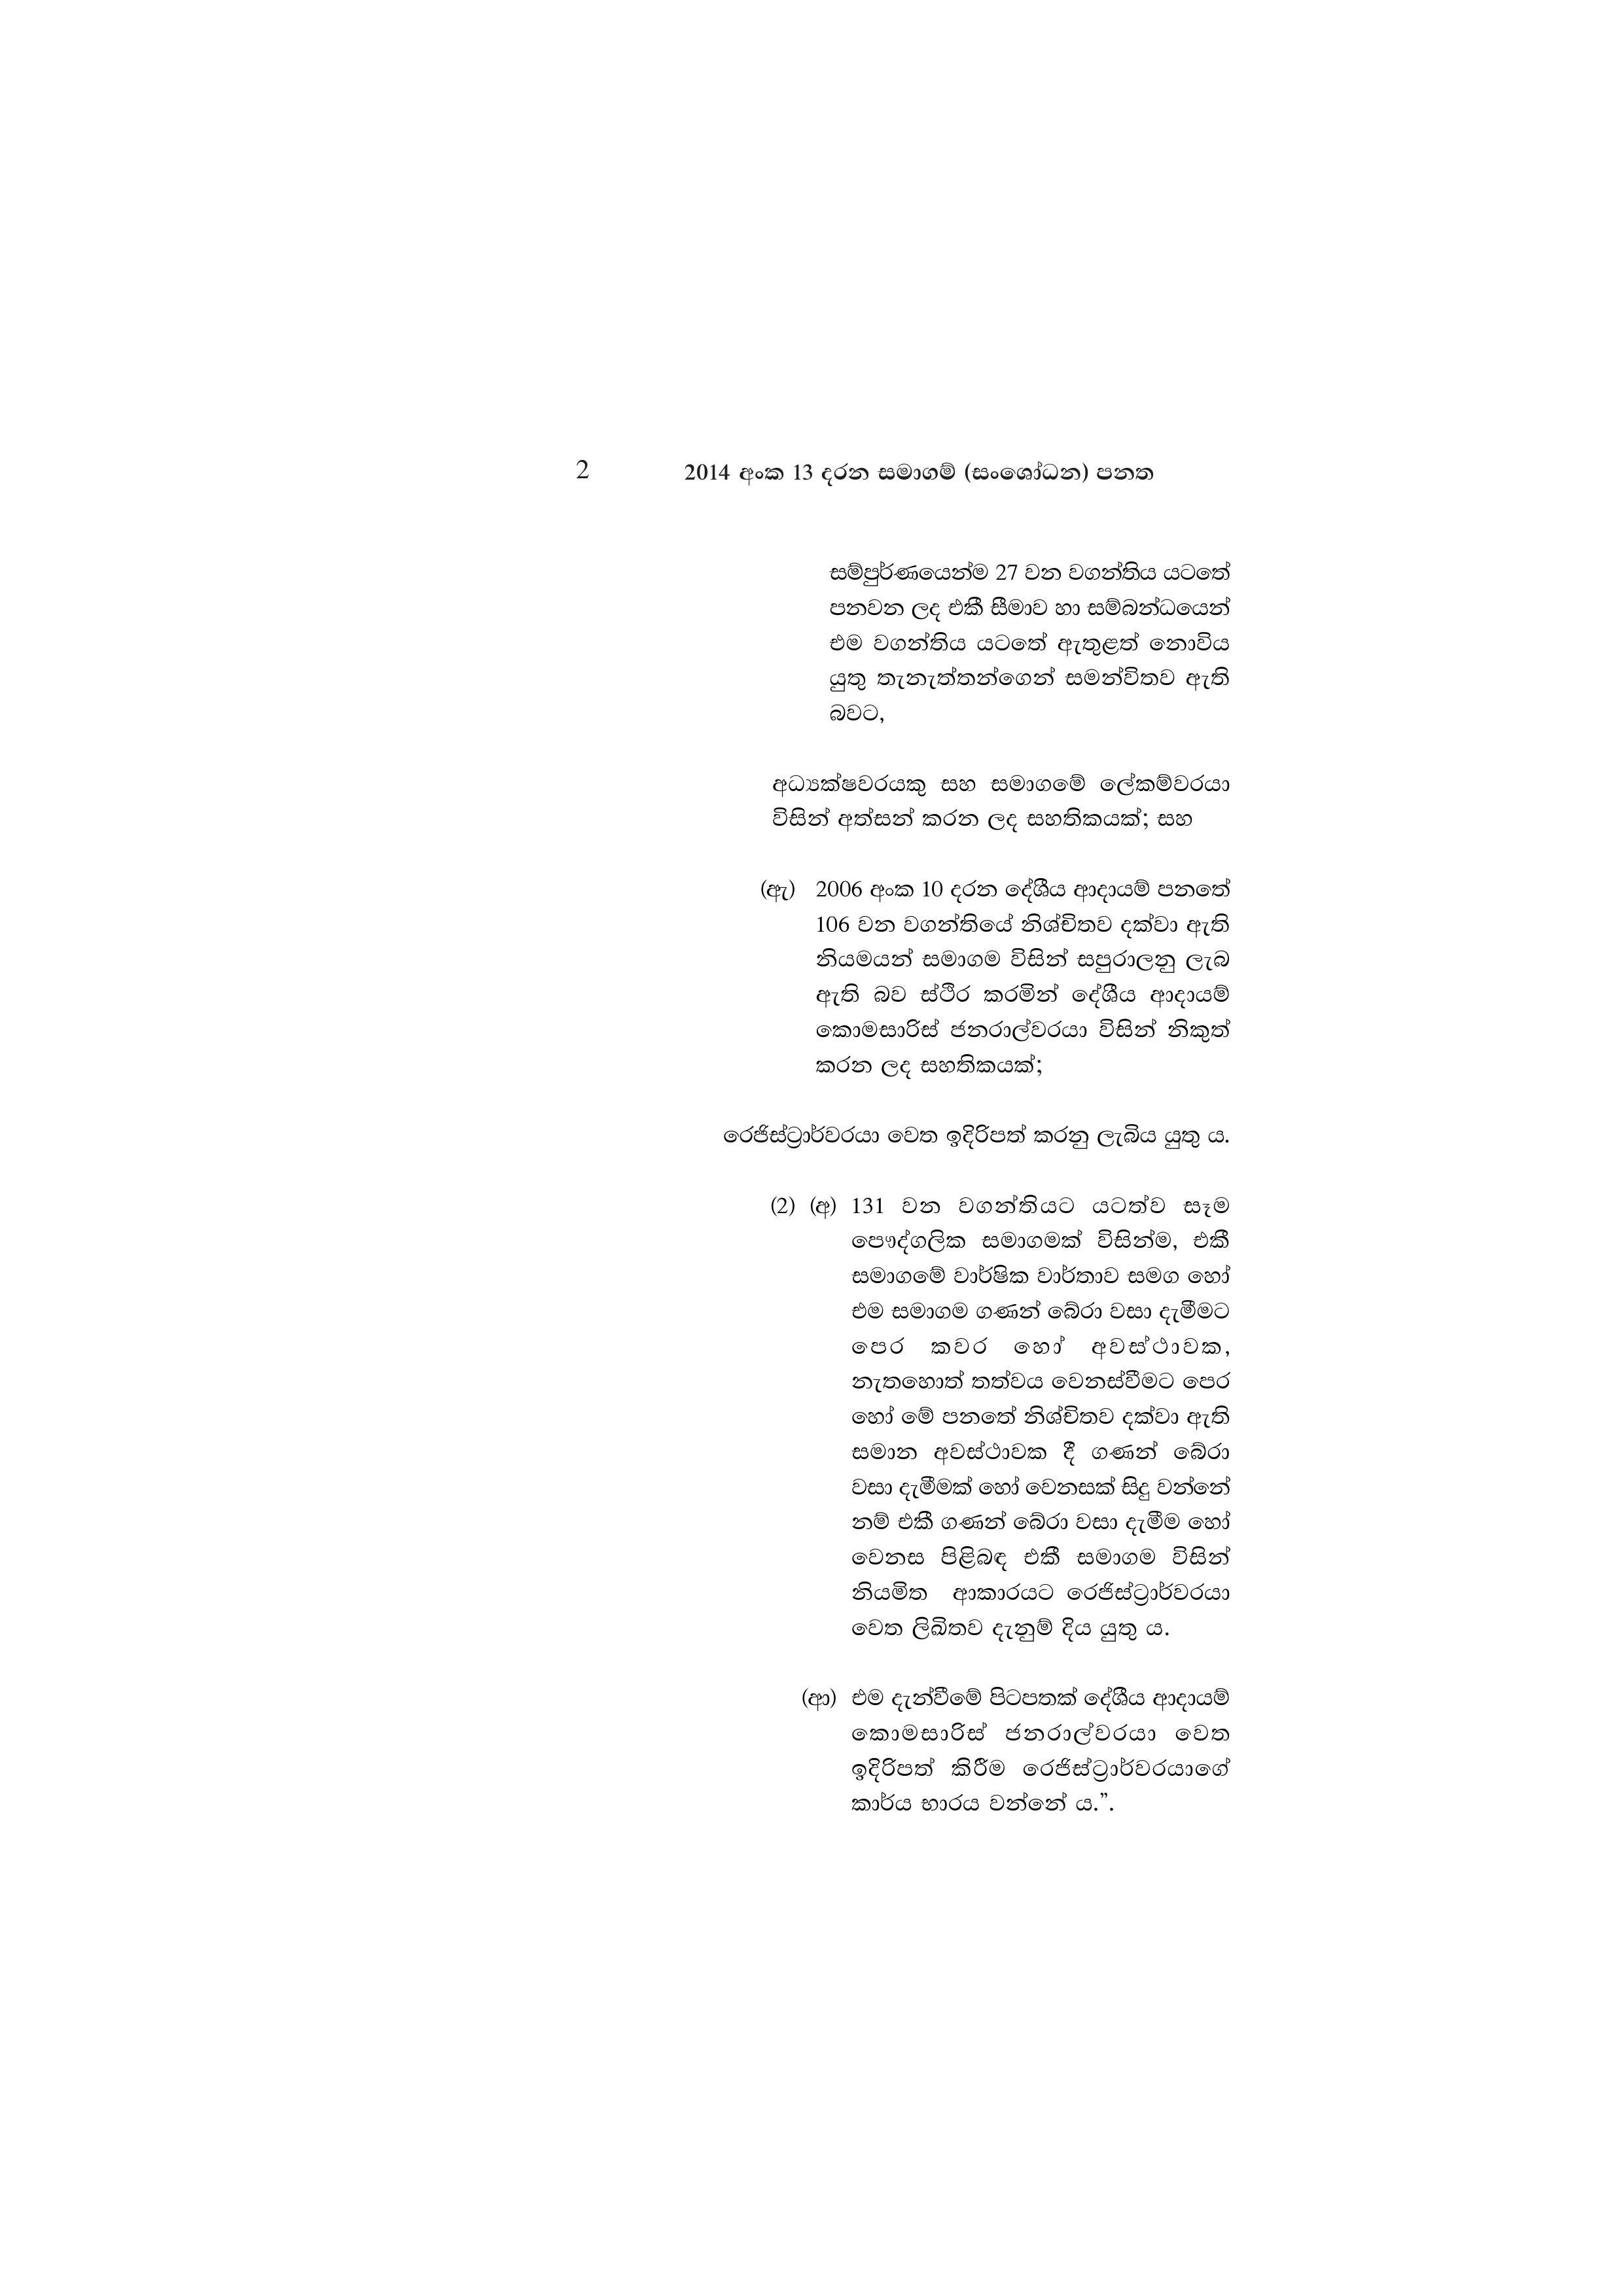
2 2014 අංක 13 දරන සමාගම් (සංශෝධන) පනත

සම්පුර්ණයෙන්ම 27 වන වගන්තිය යටතේ
පනවන ලද එකී සීමාව හා සම්බන්ධයෙන්
එම වගන්තිය යටතේ ඇතුළත් නොවිය
යුතු තැනැත්තන්ගෙන් සමන්විතව ඇති
බවට,

අධ්‍යක්ෂවරයකු සහ සමාගමේ ලේකම්වරයා
විසින් අත්සන් කරන ලද සහතිකයක්; සහ

(ඇ) 2006 අංක 10 දරන දේශීය ආදායම් පනතේ
106 වන වගන්තියේ නිශ්චිතව දක්වා ඇති
නියමයන් සමාගම විසින් සපුරාලනු ලැබ
ඇති බව ස්ථිර කරමින් දේශීය ආදායම්
කොමසාරිස් ජනරාල්වරයා විසින් නිකුත්
කරන ලද සහතිකයක්;

රෙජිස්ට්‍රාර්වරයා වෙත ඉදිරිපත් කරනු ලැබිය යුතු ය.

(2) (අ) 131 වන වගන්තියට යටත්ව සෑම
පෞද්ගලික සමාගමක් විසින්ම, එකී
සමාගමේ වාර්ෂික වාර්තාව සමග හෝ
එම සමාගම ගණන් බේරා වසා දැමීමට
පෙර කවර හෝ අවස්ථාවක,
නැතහොත් තත්වය වෙනස්වීමට පෙර
හෝ මේ පනතේ නිශ්චිතව දක්වා ඇති
සමාන අවස්ථාවක දී ගණන් බේරා
වසා දැමීමක් හෝ වෙනසක් සිදු වන්නේ
නම් එකී ගණන් බේරා වසා දැමීම හෝ
වෙනස පිළිබඳ එකී සමාගම විසින්
නියමිත ආකාරයට රෙජිස්ට්‍රාර්වරයා
වෙත ලිඛිතව දැනුම් දිය යුතු ය.

(ආ) එම දැන්වීමේ පිටපතක් දේශීය ආදායම්
කොමසාරිස් ජනරාල්වරයා වෙත
ඉදිරිපත් කිරීම රෙජිස්ට්‍රාර්වරයාගේ
කාර්ය භාරය වන්නේ ය.”.